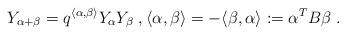
LaTeX: \begin{align*}Y_{\alpha+\beta}=q^{\langle \alpha, \beta \rangle} Y_{\alpha} Y_{\beta} \;,\langle \alpha, \beta \rangle=- \langle \beta, \alpha \rangle: =\alpha^T B \beta \;.\end{align*}